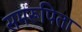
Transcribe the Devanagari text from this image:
समरूपिता